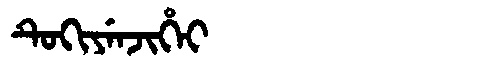
Manchu: ᡨᡠᡴᡳᠶᡝᠨᠵᡳᡥᡝᡳ
Romanization: TUKIYENJIHEI